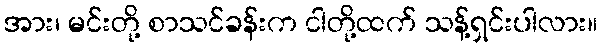
အား၊ မင်းတို့ စာသင်ခန်းက ငါတို့ထက် သန့်ရှင်းပါလား။